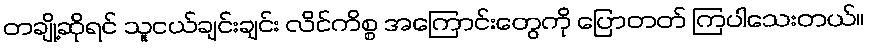
တချို့ဆိုရင် သူငယ်ချင်းချင်း လိင်ကိစ္စ အကြောင်းတွေကို ပြောတတ် ကြပါသေးတယ်။